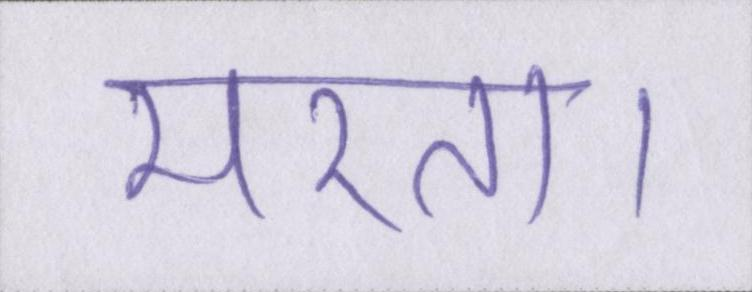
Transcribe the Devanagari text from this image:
मरता।